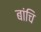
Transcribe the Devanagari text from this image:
बांचि